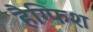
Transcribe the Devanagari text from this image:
हैग्फिश